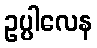
ဥပ္ပါလေန